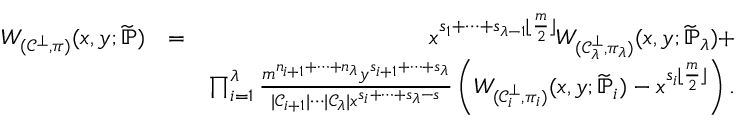
\begin{array} { r l r } { W _ { ( \mathcal { C } ^ { \bot } , \pi ) } ( x , y ; \widetilde { \mathbb { P } } ) } & { = } & { x ^ { s _ { 1 } + \cdots + s _ { \lambda - 1 } \lfloor \frac { m } { 2 } \rfloor } W _ { ( \mathcal { C } _ { \lambda } ^ { \bot } , \pi _ { \lambda } ) } ( x , y ; \widetilde { \mathbb { P } } _ { \lambda } ) + } \\ & { } & { \prod _ { i = 1 } ^ { \lambda } \frac { m ^ { n _ { i + 1 } + \cdots + n _ { \lambda } } y ^ { s _ { i + 1 } + \cdots + s _ { \lambda } } } { | \mathcal { C } _ { i + 1 } | \cdots | \mathcal { C } _ { \lambda } | x ^ { s _ { i } + \cdots + s _ { \lambda } - s } } \left( W _ { ( \mathcal { C } _ { i } ^ { \bot } , \pi _ { i } ) } ( x , y ; \widetilde { \mathbb { P } } _ { i } ) - x ^ { s _ { i } \lfloor \frac { m } { 2 } \rfloor } \right) . } \end{array}